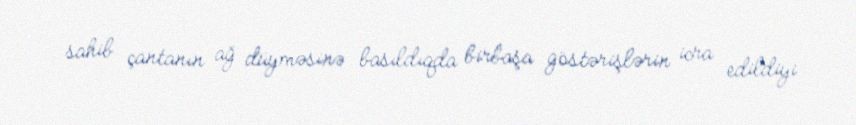
sahib çantanın ağ düyməsinə basıldıqda birbaşa göstərişlərin icra edildiyi